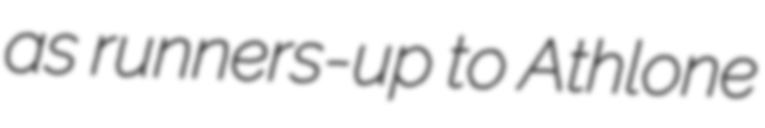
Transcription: as runners-up to Athlone